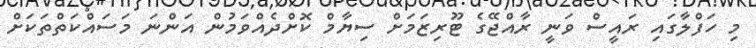
މި ހަފްލާގައި ރައީސް ވަނީ ރާއްޖޭގެ ޓޫރިޒަމަށް ސިޔާމް ކޮށްދެއްވަމުން އަންނަ މަސައްކަތްތަކަށް